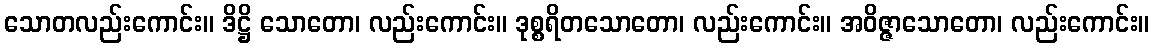
သောတလည်းကောင်း။ ဒိဋ္ဌိ သောတော၊ လည်းကောင်း။ ဒုစ္စရိတသောတော၊ လည်းကောင်း။ အဝိဇ္ဇာသောတော၊ လည်းကောင်း။